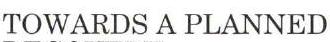
TOWARDS A PLANNED